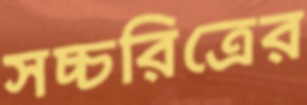
সচ্চরিত্রের